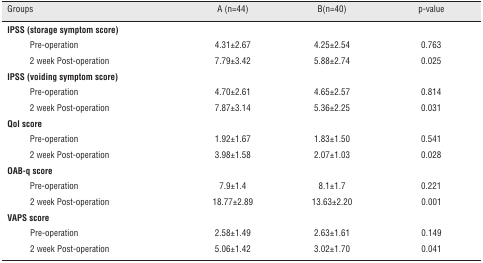
| Groups | A (n=44) | B(n=40) | p-value |
 | --- | --- | --- | --- |
 | IPSS (storage symptom score) |  |  |  |
 | Pre-operation | 4.31±2.67 | 4.25±2.54 | 0.763 |
 | 2 week Post-operation | 7.79±3.42 | 5.88±2.74 | 0.025 |
 | IPSS (voiding symptom score) |  |  |  |
 | Pre-operation | 4.70±2.61 | 4.65±2.57 | 0.814 |
 | 2 week Post-operation | 7.87±3.14 | 5.36±2.25 | 0.031 |
 | Qol score |  |  |  |
 | Pre-operation | 1.92±1.67 | 1.83±1.50 | 0.541 |
 | 2 week Post-operation | 3.98±1.58 | 2.07±1.03 | 0.028 |
 | OAB-q score |  |  |  |
 | Pre-operation | 7.9±1.4 | 8.1±1.7 | 0.221 |
 | 2 week Post-operation | 18.77±2.89 | 13.63±2.20 | 0.001 |
 | VAPS score |  |  |  |
 | Pre-operation | 2.58±1.49 | 2.63±1.61 | 0.149 |
 | 2 week Post-operation | 5.06±1.42 | 3.02±1.70 | 0.041 |